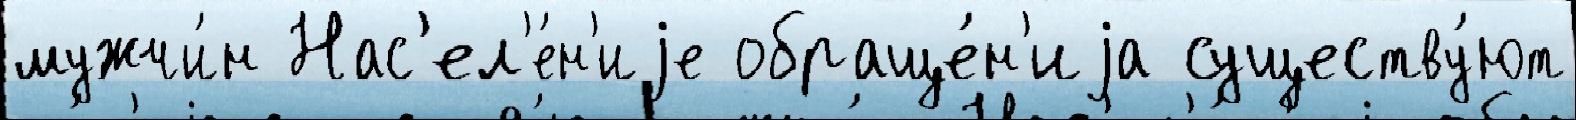
мужчи́н Нас'ел'е́н'иjе обраще́н'иjа существу́ют